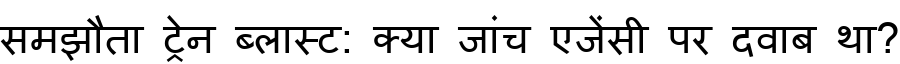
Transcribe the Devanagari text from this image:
समझौता ट्रेन ब्लास्ट: क्या जांच एजेंसी पर दवाब था?